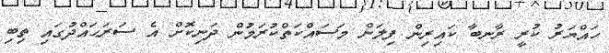
ހައްޔަރު ކުރީ ރާނބާ ކައިރިން ފިލަން މަސައްކަތްކުރަމުން ދަނިކޮށް އެ ސަރަޙައްދުގައި ތިބި